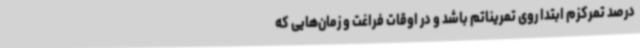
درصد تمرکزم ابتدا روی تمریناتم باشد و در اوقات فراغت و زمان‌هایی که